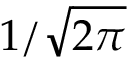
1 / { \sqrt { 2 \pi } }